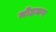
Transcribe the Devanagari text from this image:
मोहकर